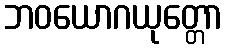
ဘဝယောဂယုတ္တော